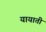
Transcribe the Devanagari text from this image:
यायाती